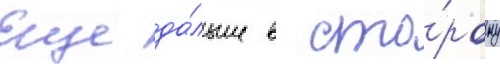
Еще да́льше в сто́рону